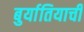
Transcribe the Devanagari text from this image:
बुर्यातियाची